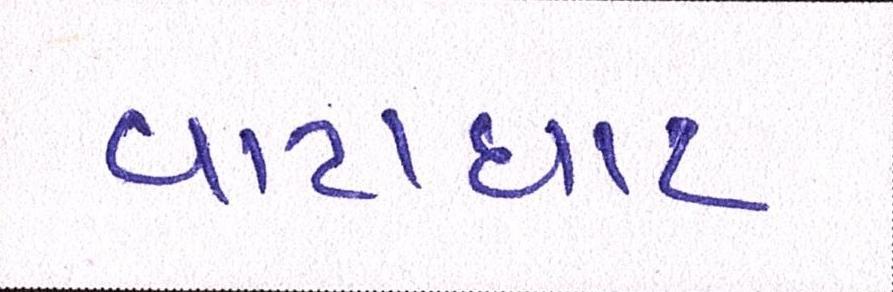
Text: વાટાઘાટ